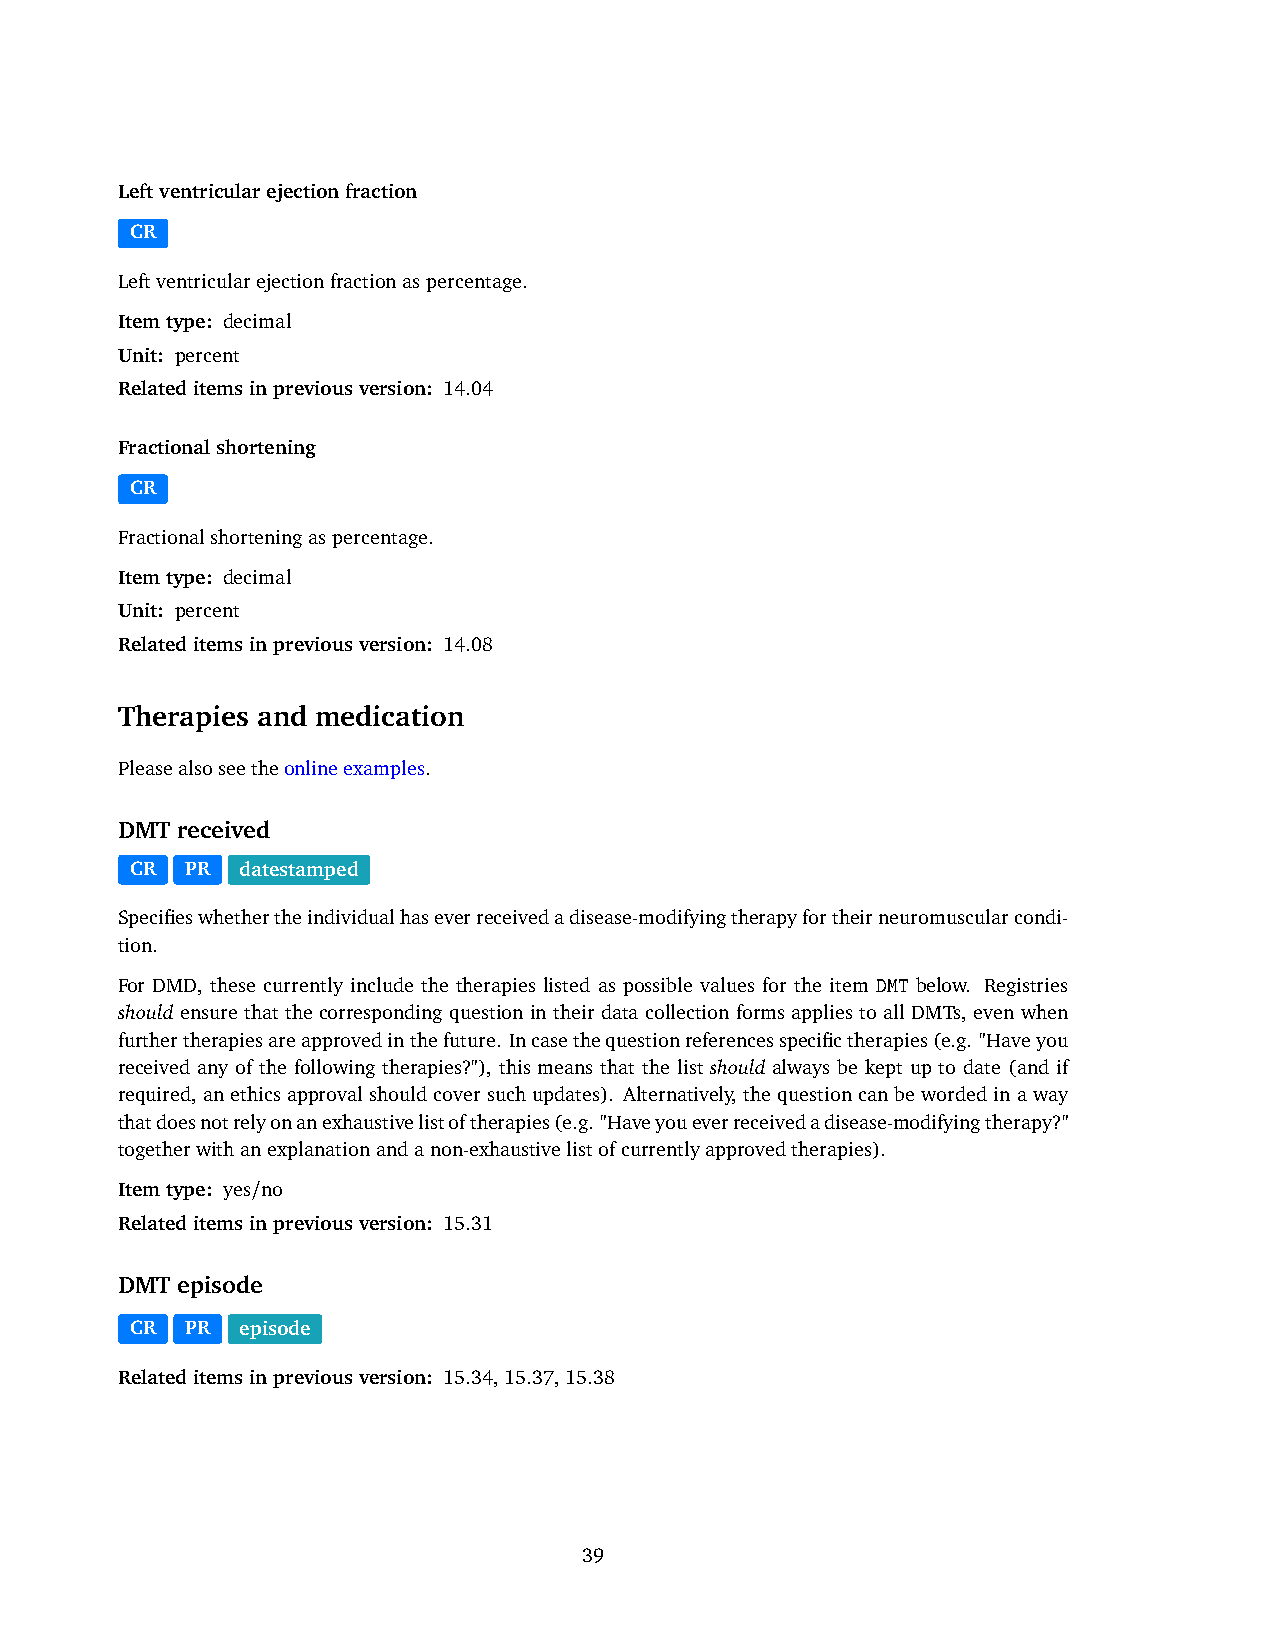
Leftventricularejectionfraction
 CR
 Leftventricularejectionfractionaspercentage.
 Itemtype: decimal
 Unit: percent
 Relateditemsinpreviousversion: 14.04
 Fractionalshortening
 CR
 Fractionalshorteningaspercentage.
 Itemtype: decimal
 Unit: percent
 Relateditemsinpreviousversion: 14.08
 Therapies and medication
 Pleasealsoseetheonlineexamples.
 DMT received
 CR PR  datestamped
 Specifieswhethertheindividualhaseverreceivedadisease-modifyingtherapyfortheirneuromuscularcondi-
 tion.
 For DMD, these currently include the therapies listed as possible values for the item DMT below. Registries
 should ensure that the corresponding question in their data collection forms applies to all DMTs, even when
 furthertherapiesareapprovedinthefuture. Incasethequestionreferencesspecifictherapies(e.g. "Haveyou
 received any of the following therapies?"), this means that the list should always be kept up to date (and if
 required, anethicsapprovalshouldcoversuchupdates). Alternatively, thequestioncanbewordedinaway
 thatdoesnotrelyonanexhaustivelistoftherapies(e.g. "Haveyoueverreceivedadisease-modifyingtherapy?"
 togetherwithanexplanationandanon-exhaustivelistofcurrentlyapprovedtherapies).
 Itemtype: yes/no
 Relateditemsinpreviousversion: 15.31
 DMT episode
 CR PR  episode
 Relateditemsinpreviousversion: 15.34,15.37,15.38
 39